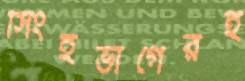
সিংহভাগেরই